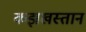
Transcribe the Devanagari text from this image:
कझखस्तान